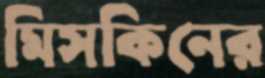
মিসকিনের